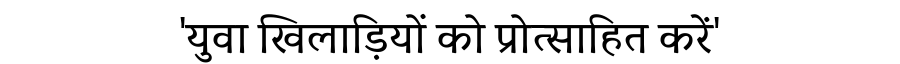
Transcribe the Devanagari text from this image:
'युवा खिलाड़ियों को प्रोत्साहित करें'